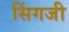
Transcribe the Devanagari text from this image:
सिंगजी